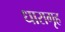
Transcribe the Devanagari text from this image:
धारागृह